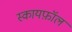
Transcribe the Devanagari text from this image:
स्कायफ़ॉल